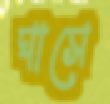
ঘাসে